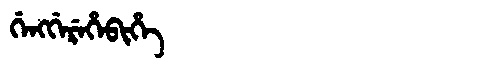
Manchu: ᡤᡝᠩᡤᡝᡵᡝᡥᡝᠪᡳᡥᡝ
Romanization: GENGGEREHEBIHE